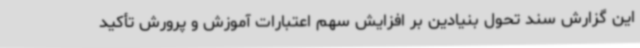
این گزارش سند تحول بنیادین بر افزایش سهم اعتبارات آموزش و پرورش تأکید